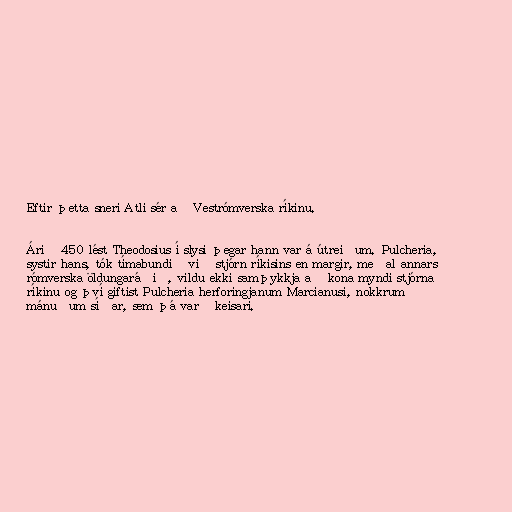
Eftir þetta sneri Atli sér að Vestrómverska ríkinu.

Árið 450 lést Theodosius í slysi þegar hann var á útreiðum. Pulcheria,
systir hans, tók tímabundið við stjórn ríkisins en margir, meðal annars
rómverska öldungaráðið, vildu ekki samþykkja að kona myndi stjórna
ríkinu og því giftist Pulcheria herforingjanum Marcianusi, nokkrum
mánuðum síðar, sem þá varð keisari.